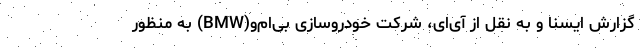
گزارش ایسنا و به نقل از آی‌ای، شرکت خودروسازی بی‌ام‌و(BMW) به منظور